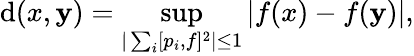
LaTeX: \mathrm{d}(x,\mathbf{y})=\operatorname*{sup}_{|\sum_{i}[p_{i},f]^{2}|\leq1}|f(x)-f(\mathbf{y})|,